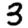
Digit: 3